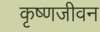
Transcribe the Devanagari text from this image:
कृष्णजीवन